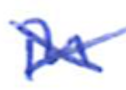
Text: in
Cross-out: cross
Writing tool: ballpoint